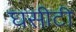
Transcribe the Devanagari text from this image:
घसीटी